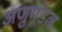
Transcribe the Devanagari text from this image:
अणुमंडल